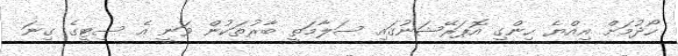
ހޯދުމަށް އިއްޔެ ހިންގި އޮޕަރޭޝަނުގައި ސަލާމަތީ ބާރުތަކުން ވަނީ އެ ސިޓީގެ ގިނަ